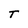
Character: T